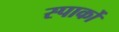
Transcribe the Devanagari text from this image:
स्पार्को